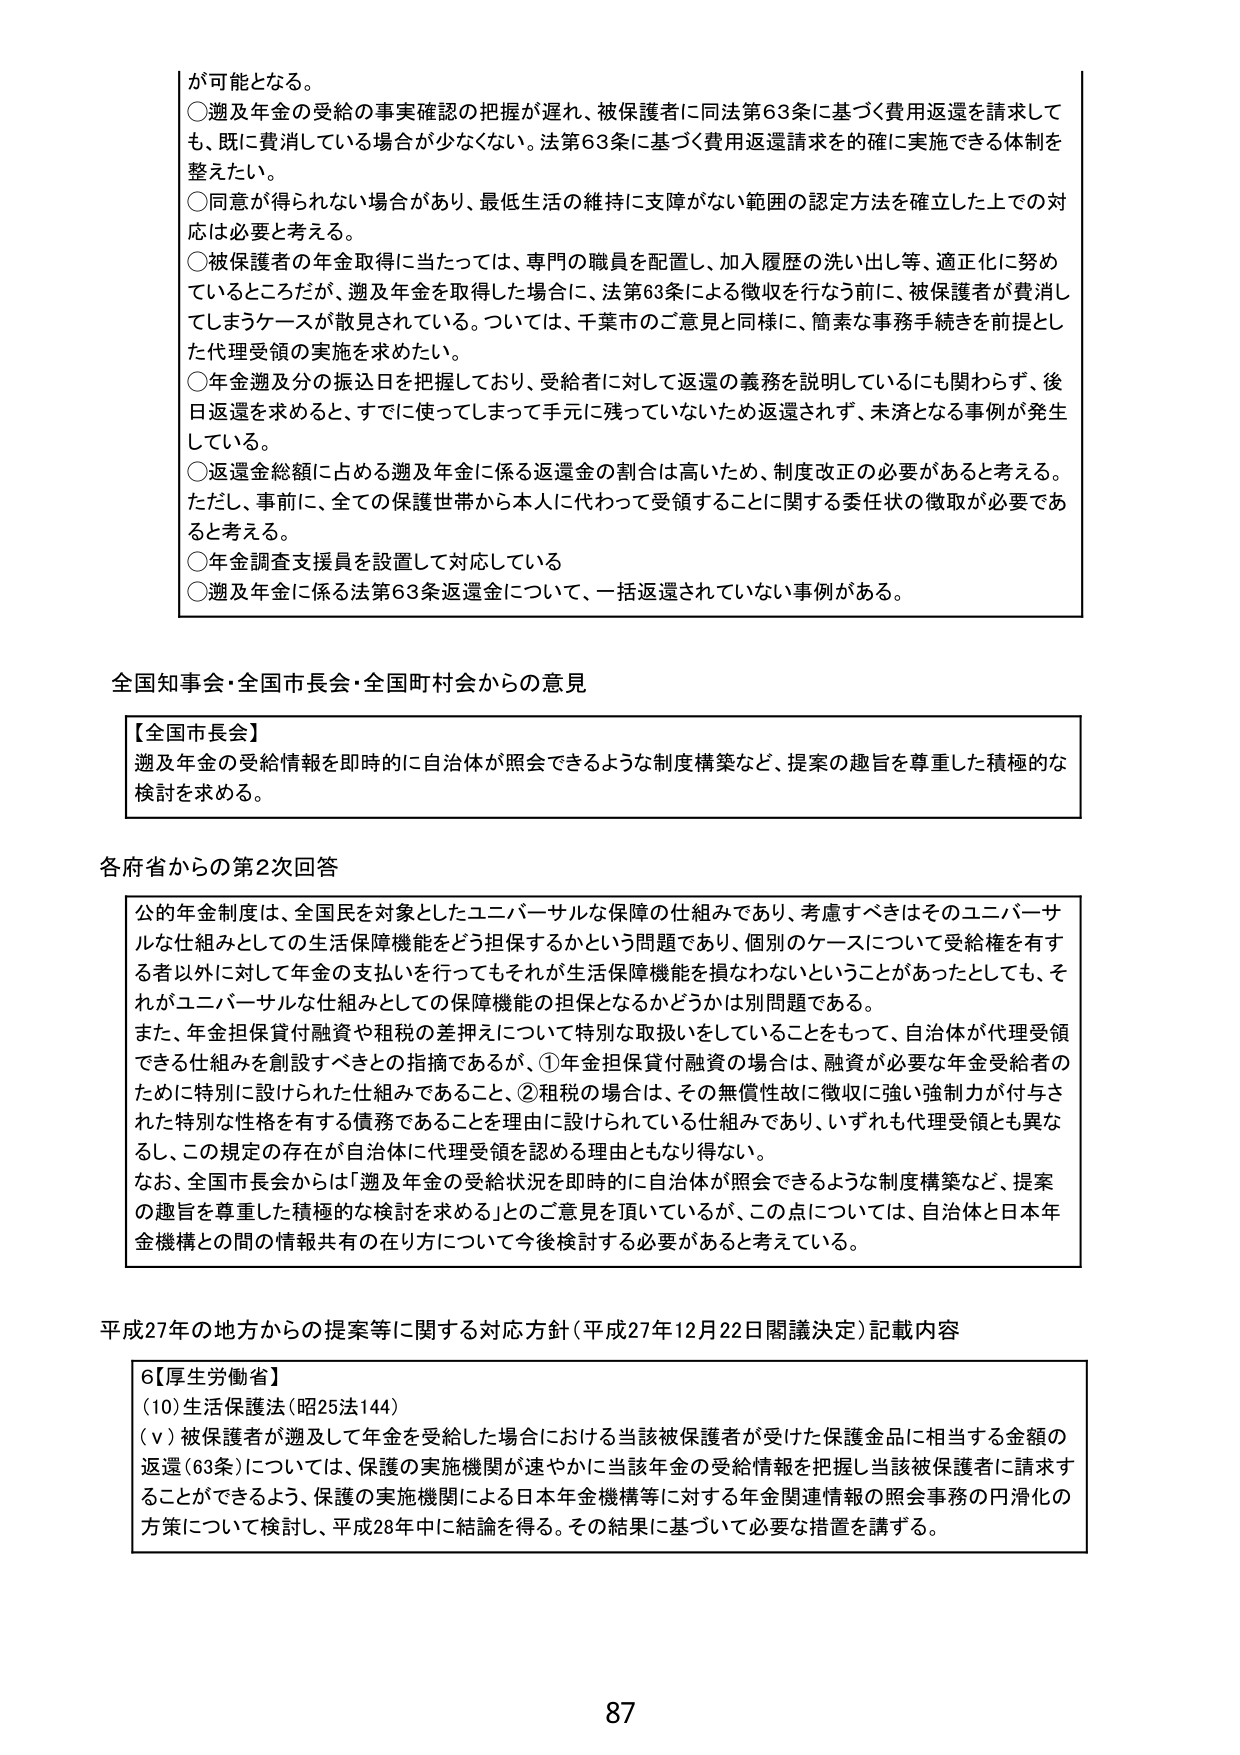
が可能となる。
○遡及年金の受給の事実確認の把握が遅れ、被保護者に同法第63条に基づく費用返還を請求しても、既に費消している場合が少なくない。法第63条に基づく費用返還請求を的確に実施できる体制を整えたい。
○同意が得られない場合があり、最低生活の維持に支障がない範囲の認定方法を確立した上での対応は必要と考える。
○被保護者の年金取得に当たっては、専門の職員を配置し、加入履歴の洗い出し等、適正化に努めているところだが、遡及年金を取得した場合に、法第63条による徴収を行なう前に、被保護者が費消してしまうケースが散見されている。ついては、千葉市のご意見と同様に、簡素な事務手続きを前提とした代理受領の実施を求めたい。
○年金遡及分の振込日を把握しており、受給者に対して返還の義務を説明しているにも関わらず、後日返還を求めると、すでに使ってしまって手元に残っていないため返還されず、未済となる事例が発生している。
○返還総額に占める遡及年金に係る返還金の割合は高いため、制度改正の必要があると考える。ただし、事前に、全ての保護世帯から本人に代わって受領することに関する委任状の徴取が必要であると考える。
○年金調査支援員を設置して対応している
○遡及年金に係る法第63条返還金について、一括返還されていない事例がある。

全国知事会・全国市長会・全国町村会からの意見

【全国市長会】
遡及年金の受給情報を即時に自治体が照会できるような制度構築など、提案の趣旨を尊重した積極的な検討を求める。

各府省からの第2次回答

公的年金制度は、全国民を対象としたユニバーサルな保障の仕組みであり、考慮すべきはそのユニバーサルな仕組みとしての生活保障機能をどう担保するかという問題であり、個別のケースについて受給権を有する者以外に対して年金の支払いを行ってもそれが生活保障機能を損なわないということがあったとしても、それがユニバーサルな仕組みとしての保障機能の担保となるかどうかは別問題である。
また、年金担保貸付融資や租税の差押えについて特別な取扱いをしていることをもって、自治体が代理受領できる仕組みを創設すべきとの指摘であるが、①年金担保貸付融資の場合は、融資が必要な年金受給者のために特別に設けられた仕組みであること、②租税の場合は、その無償性故に徴収に強い強制力が付与された特別な性格を有する債務であることを理由に設けられている仕組みであり、いずれも代理受領とも異なるし、この規定の存在が自治体に代理受領を認める理由ともなり得ない。
なお、全国市長会からは「遡及年金の受給状況を即時に自治体が照会できるような制度構築など、提案の趣旨を尊重した積極的な検討を求める」とのご意見を頂いているが、この点については、自治体と日本年金機構との間の情報共有の在り方について今後検討する必要があると考えている。

平成27年の地方からの提案等に関する対応方針（平成27年12月22日閣議決定）記載内容

6【厚生労働省】
(10)生活保護法（昭25法144）
（ⅴ）被保護者が遡及して年金を受給した場合における当該被保護者が受けた保護金品に相当する金額の返還（63条）については、保護の実施機関が速やかに当該年金の受給情報を把握し当該被保護者に請求することができるよう、保護の実施機関による日本年金機構等に対する年金関連情報の照会事務の円滑化の方策について検討し、平成28年中に結論を得る。その結果に基づいて必要な措置を講ずる。

87